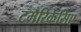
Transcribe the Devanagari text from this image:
टमैरिकेसिए